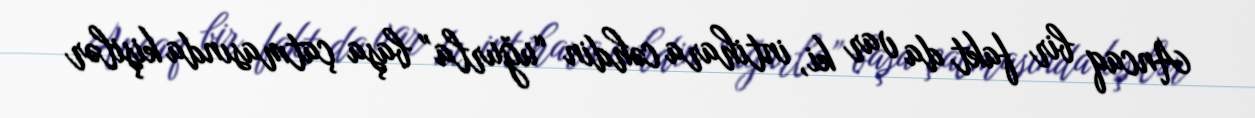
Ancaq bir fakt da var ki, intihara cəhdin “uğurla” başa çatmasında kişilər